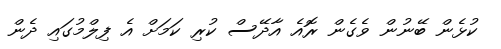
ކުޅެން ބޭނުން ވެގެން ރޮއެ އާދޭސް ކުރި ކަމަށް އެ ފިލްމުގައި ދެން